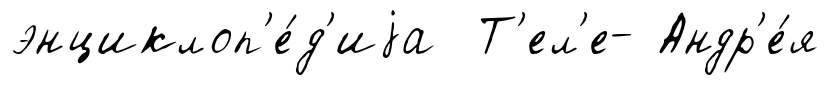
энциклоп'е́д'иjа Т'ел'е- Андр'е́я